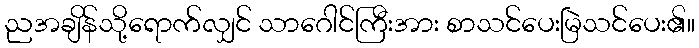
ညအချိန်သို့ရောက်လျှင် သာဂေါင်ကြီးအား စာသင်ပေးမြဲသင်ပေး၏။